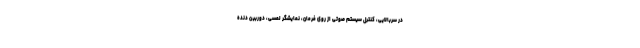
در سربالایی، کنترل سیستم صوتی از روی فرمان، نمایشگر لمسی، دوربین دنده